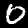
Digit: 0